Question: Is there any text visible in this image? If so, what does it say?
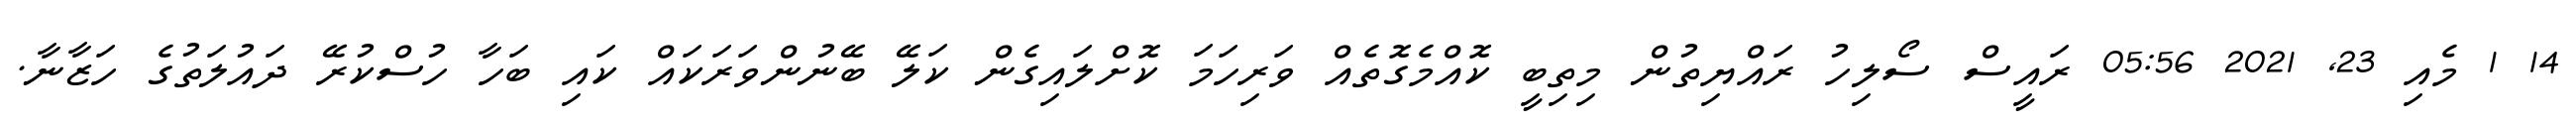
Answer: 14 1 މެއި 23, 2021 05:56 ރައީސް ސޯލިހު ރައްޔިތުން މިތިބީ ކޮއްމެގޮތެއް ވަރިހަމަ ކޮށްލައިގެން ކަލޭ ބޭނުންވަރަކައް ކައި ބަހާ ހުސްކުރޭ ދައުލަތުގެ ހަޒާނާ.